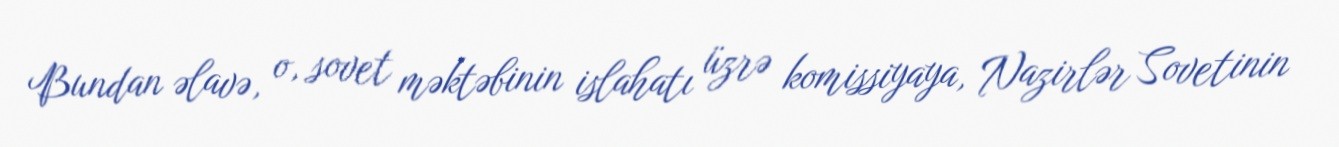
Bundan əlavə, o, sovet məktəbinin islahatı üzrə komissiyaya, Nazirlər Sovetinin